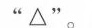
“\triangle ”